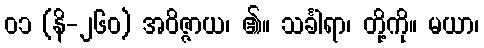
၀၁ (နိ-၂၆၀) အဝိဇ္ဇာယ၊ ၏။ သင်္ခါရာ၊ တို့ကို။ မယာ၊